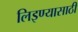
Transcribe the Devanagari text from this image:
लिइण्यासाठी